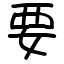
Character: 要